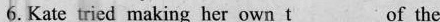
6. Kate tried making her own t___of the